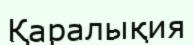
Қаралықия